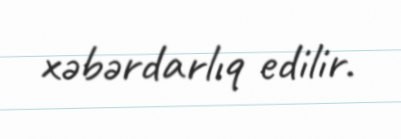
xəbərdarlıq edilir.